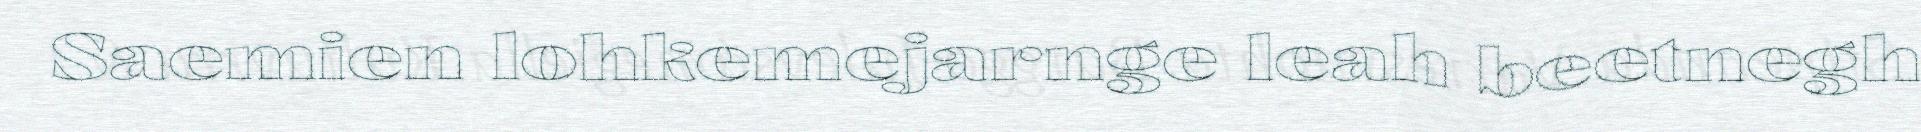
Saemien lohkemejarnge leah beetnegh